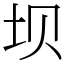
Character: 坝